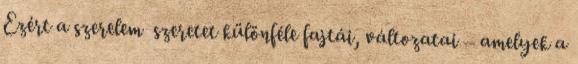
Ezért a szerelem szeretet különféle fajtái, változatai – amelyek a